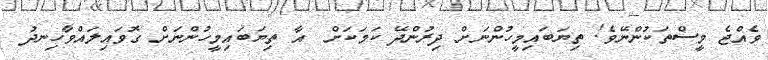
ވެއްޖެ މީސްތަކުންނޭވެ! ތިޔަބައިމީހުންނަށް ދިރުންދޭ ކަމަކަށް  އާ ތިޔަބައިމީހުންނަށް ގޮވައިލައްވާހިނދު